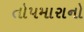
તોપમારાનો